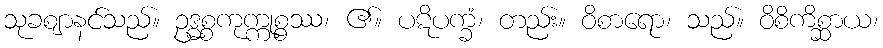
သုခဈာနင်သည်။ ဥဒ္ဓစ္စကုက္ကုစ္စဿ၊ ၏။ ပဋိပက္ခံ၊ တည်း။ ဝိစာရော၊ သည်။ ဝိစိကိစ္ဆာယ၊